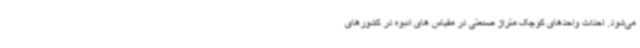
می‌شود. احداث واحدهای کوچک متراژ صنعتی در مقیاس های انبوه در کشورهای